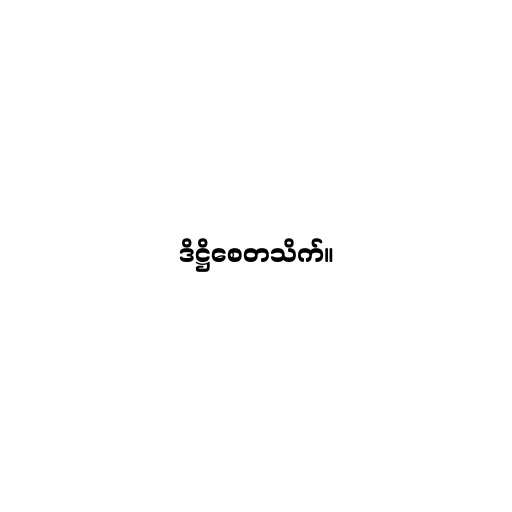
ဒိဋ္ဌိစေတသိက်။